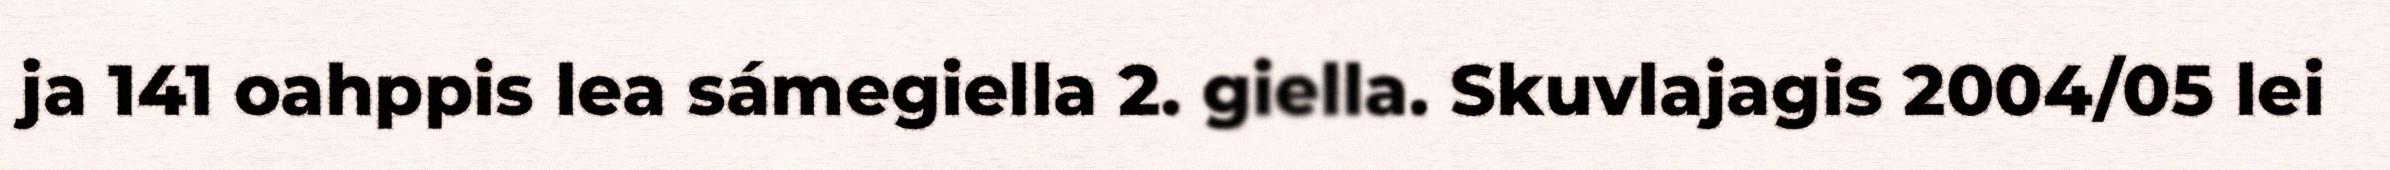
ja 141 oahppis lea sámegiella 2. giella. Skuvlajagis 2004/05 lei